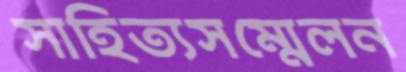
সাহিত্যসম্মেলন